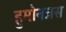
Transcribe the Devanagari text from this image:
हुमोनजस